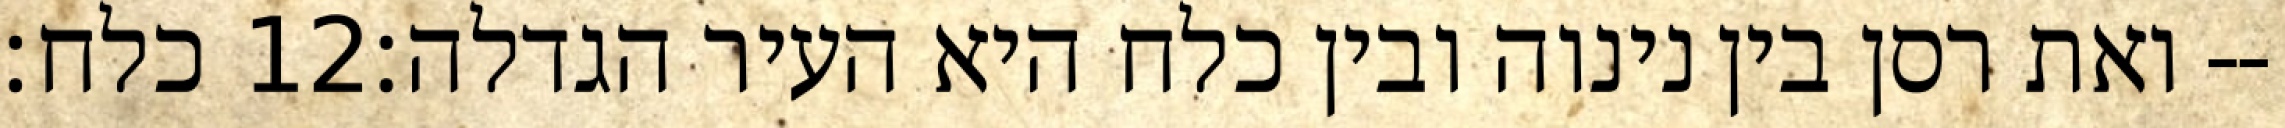
כלח׃ ‎12‏ ואת רסן בין נינוה ובין כלח היא העיר הגדלה׃--